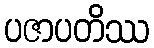
ပဇာပတိဿ